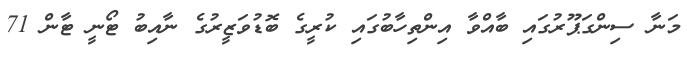
މަނާ ސިންގަޕޫރުގައި ބާއްވާ އިންތިހާބުގައި ކުރީގެ ބޮޑުވަޒީރުގެ ނާއިބު ޓޯނީ ޓާން 71